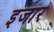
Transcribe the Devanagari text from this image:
इजार